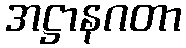
အဋ္ဌာနဂတာ